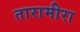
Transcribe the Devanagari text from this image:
तारामीरा